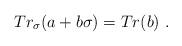
LaTeX: \begin{align*} Tr_{\sigma}(a+b\sigma)=Tr(b) \ .\end{align*}